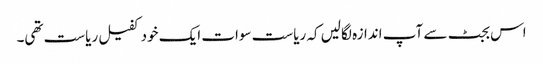
اس بجٹ سے آپ اندازہ لگالیں کہ ریاست سوات ایک خود کفیل ریاست تھی۔